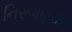
નિરૂપણરીતિ